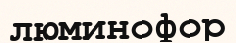
люминофор